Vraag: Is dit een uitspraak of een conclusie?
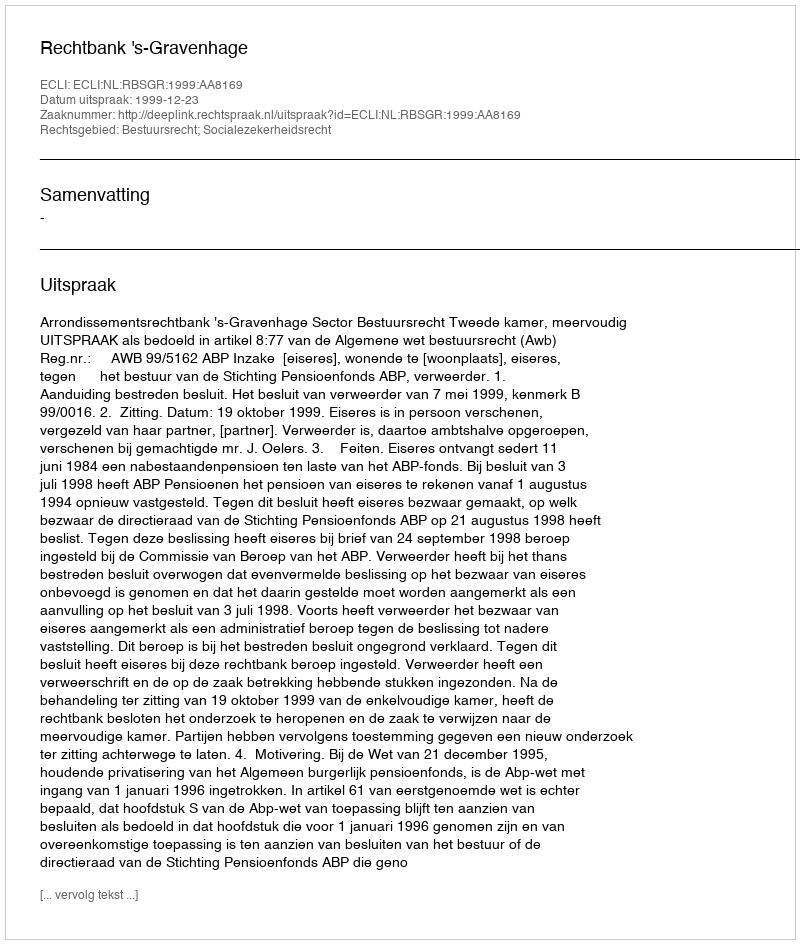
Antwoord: Uitspraak